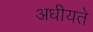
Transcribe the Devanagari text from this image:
अधीयते